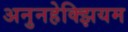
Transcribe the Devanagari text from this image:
अनुनहेक्झियम